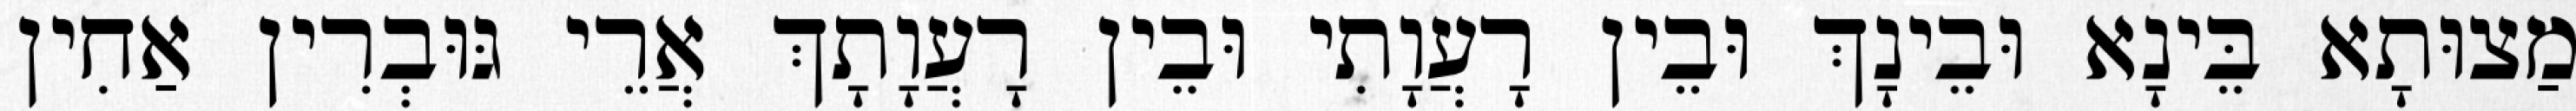
מַצוּתָא בֵּינָא וּבֵינָךְ וּבֵין רָעֲוָתִי וּבֵין רָעֲוָתָךְ אֲרֵי גּוּבְרִין אַחִין